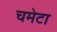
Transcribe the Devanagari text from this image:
चमेटा